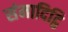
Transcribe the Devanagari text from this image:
संमादिट्ठि